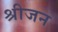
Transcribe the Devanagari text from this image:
श्रीजन